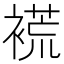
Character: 𲀽